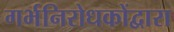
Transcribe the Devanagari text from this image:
गर्भनिरोधकोंद्वारा